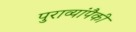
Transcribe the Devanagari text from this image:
पुराव्यांपैकी